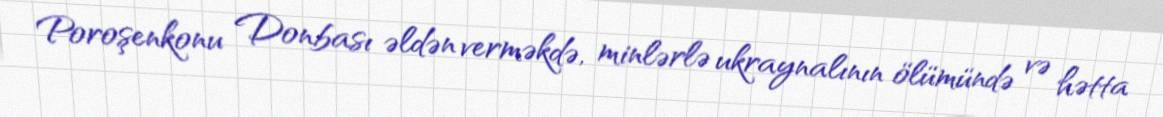
Poroşenkonu Donbası əldən verməkdə, minlərlə ukraynalının ölümündə və hətta